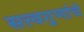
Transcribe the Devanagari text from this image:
सत्त्वगुणांचे